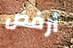
أرفض